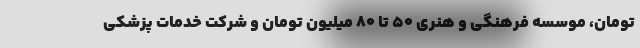
تومان، موسسه فرهنگی و هنری ۵۰ تا ۸۰ میلیون تومان و شرکت خدمات پزشکی